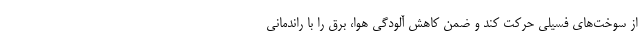
از سوخت‌های فسیلی حرکت کند و ضمن کاهش آلودگی هوا، برق را با راندمانی